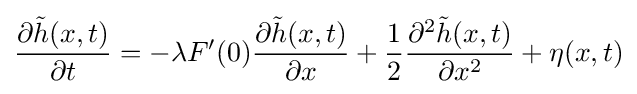
{\frac {\partial {\tilde {h}}(x,t)}{\partial t}}=-\lambda F'(0){\frac {\partial {\tilde {h}}(x,t)}{\partial x}}+{\frac {1}{2}}{\frac {\partial ^{2}{\tilde {h}}(x,t)}{\partial x^{2}}}+\eta (x,t)